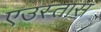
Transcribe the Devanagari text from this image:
एउस्तास